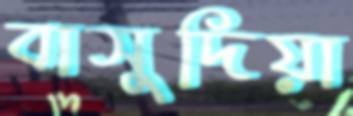
বাসুদিয়া